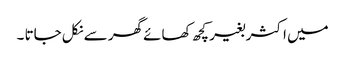
میں اکثر بغیر کچھ کھائے گھر سے نکل جاتا ۔